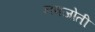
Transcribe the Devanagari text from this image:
नवजोती